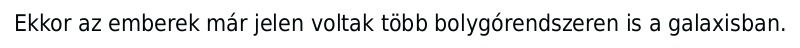
Ekkor az emberek már jelen voltak több bolygórendszeren is a galaxisban.